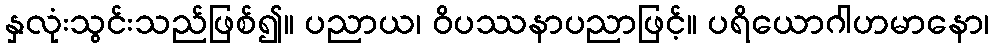
နှလုံးသွင်းသည်ဖြစ်၍။ ပညာယ၊ ဝိပဿနာပညာဖြင့်။ ပရိယောဂါဟမာနော၊